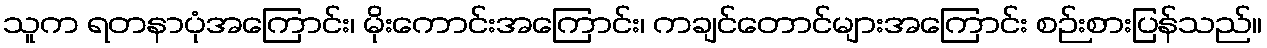
သူက ရတနာပုံအကြောင်း၊ မိုးကောင်းအကြောင်း၊ ကချင်တောင်များအကြောင်း စဉ်းစားပြန်သည်။